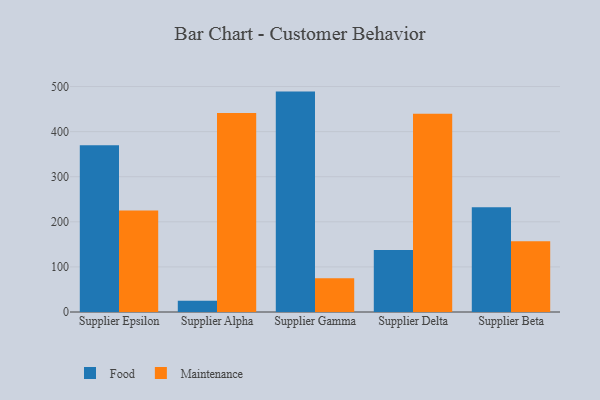
{"axis": {"x": "Supplier", "y": "Temperature (°C)"}, "legend": ["Food", "Maintenance"], "data": [{"x": "Supplier Epsilon", "y": 369.8, "type": "Food"}, {"x": "Supplier Epsilon", "y": 224.9, "type": "Maintenance"}, {"x": "Supplier Alpha", "y": 24.7, "type": "Food"}, {"x": "Supplier Alpha", "y": 441.4, "type": "Maintenance"}, {"x": "Supplier Gamma", "y": 488.8, "type": "Food"}, {"x": "Supplier Gamma", "y": 74.7, "type": "Maintenance"}, {"x": "Supplier Delta", "y": 137.5, "type": "Food"}, {"x": "Supplier Delta", "y": 439.9, "type": "Maintenance"}, {"x": "Supplier Beta", "y": 232.1, "type": "Food"}, {"x": "Supplier Beta", "y": 156.8, "type": "Maintenance"}]}